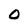
Character: O